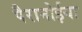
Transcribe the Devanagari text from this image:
पैरानोईया